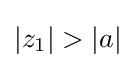
\left|z_{1}\right|>\left|a\right|